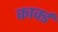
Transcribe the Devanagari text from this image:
कार्क्ड